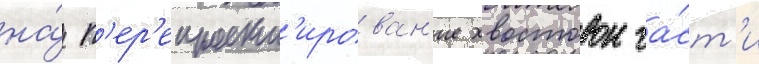
на́ п'ер'епроект'ирован'ие хвостовои ча́ст'и